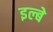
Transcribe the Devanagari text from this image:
इल्बे